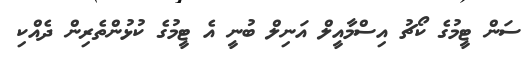
ސަން ޓީމުގެ ކޯޗު އިސްމާއީލް އަނިލް ބުނީ އެ ޓީމުގެ ކުޅުންތެރިން ދެއްކި